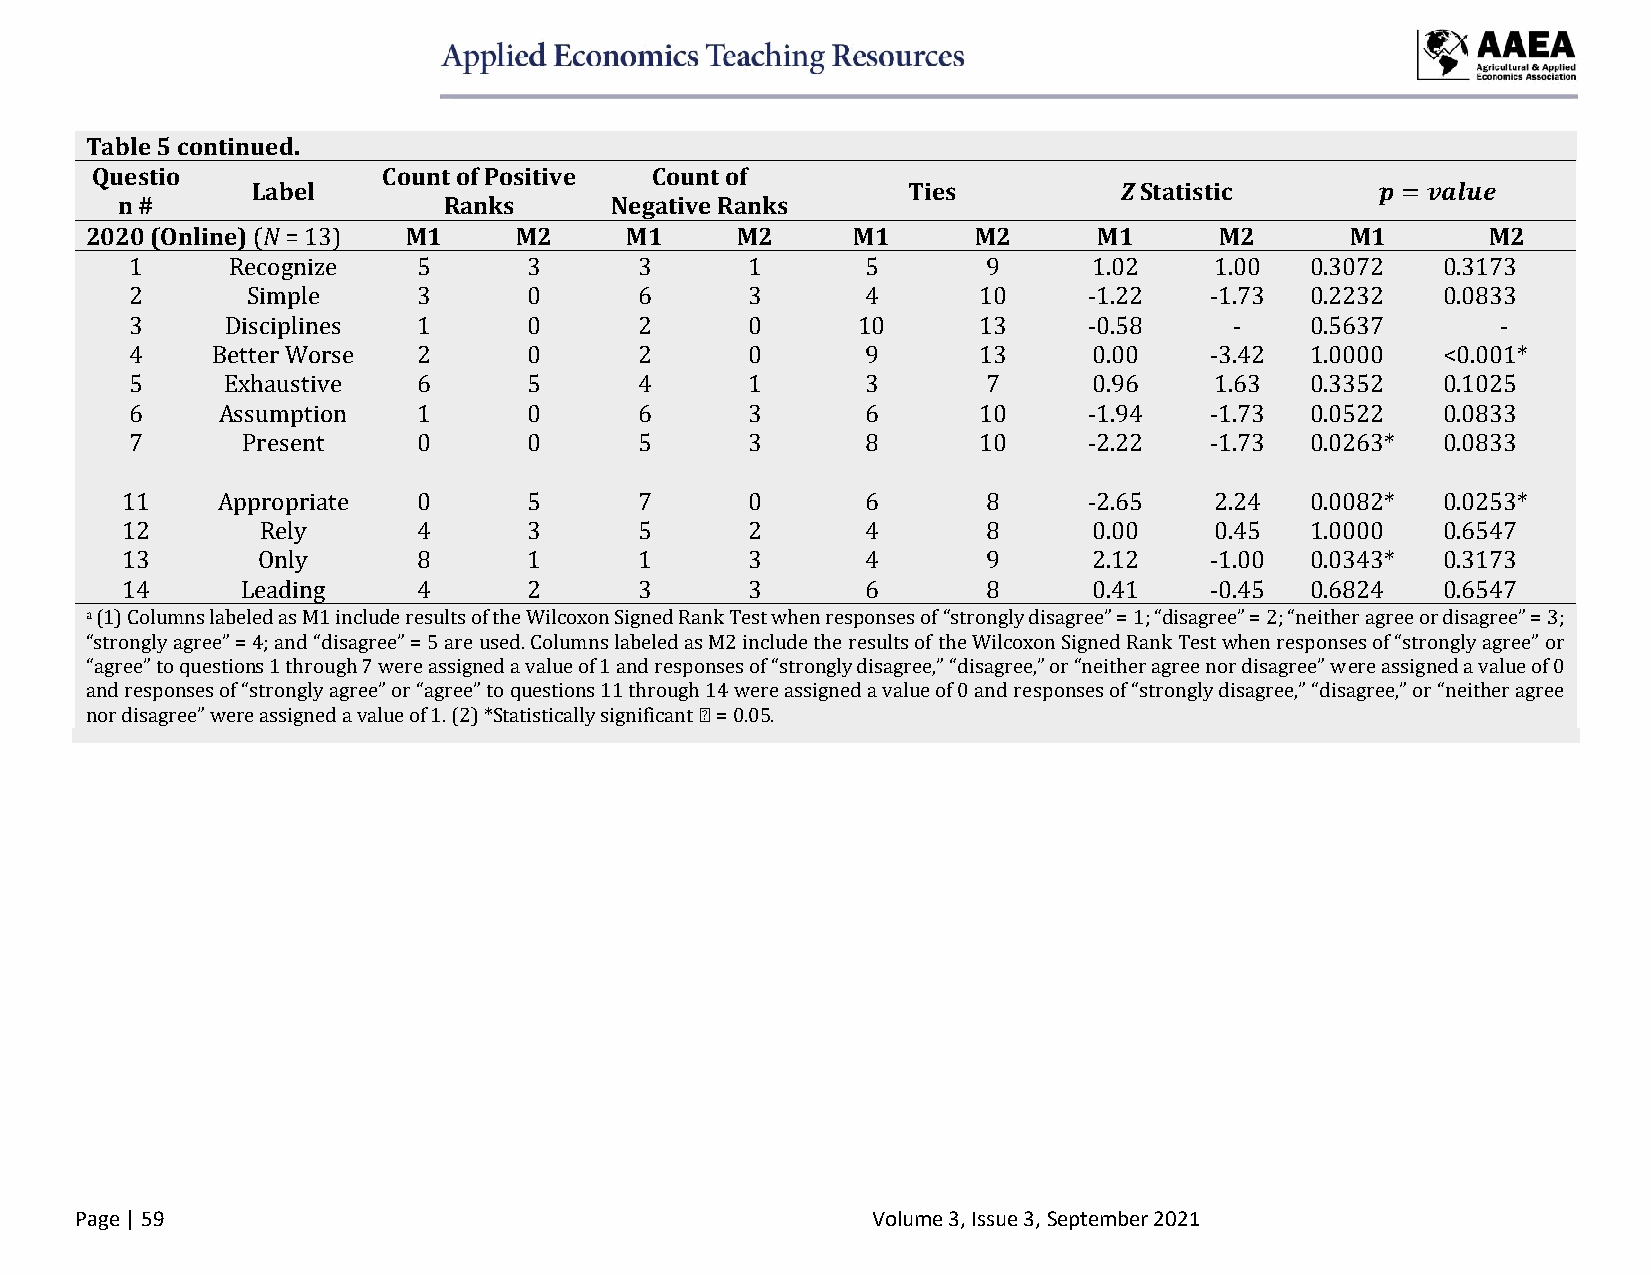
Table 5 continued.
 Questio            Count of Positive Count of
 Label                                      Ties          Z Statistic      𝒑 = 𝒗𝒂𝒍𝒖𝒆
 n #                  Ranks      Negative Ranks
 2020 (Online) (N = 13) M1   M2     M1      M2     M1       M2      M1      M2      M1       M2
 1     Recognize    5      3      3       1      5       9      1.02    1.00   0.3072  0.3173
 2      Simple      3      0      6       3      4       10     -1.22   -1.73  0.2232  0.0833
 3     Disciplines  1      0      2       0      10      13     -0.58     -    0.5637      -
 4    Better Worse  2      0      2       0      9       13     0.00    -3.42  1.0000  <0.001*
 5     Exhaustive   6      5      4       1      3       7      0.96    1.63   0.3352  0.1025
 6    Assumption    1      0      6       3      6       10     -1.94   -1.73  0.0522  0.0833
 7      Present     0      0      5       3      8       10     -2.22   -1.73  0.0263* 0.0833
 11    Appropriate   0      5      7       0      6       8      -2.65   2.24   0.0082* 0.0253*
 12       Rely       4      3      5       2      4       8      0.00    0.45   1.0000  0.6547
 13       Only       8      1      1       3      4       9      2.12    -1.00  0.0343* 0.3173
 14      Leading     4      2      3       3      6       8      0.41    -0.45  0.6824  0.6547
 a (1) Columns labeled as M1 include results of the Wilcoxon Signed Rank Test when responses of “strongly disagree” = 1; “disagree” = 2; “neither agree or disagree” = 3;
 “strongly agree” = 4; and “disagree” = 5 are used. Columns labeled as M2 include the results of the Wilcoxon Signed Rank Test when responses of “strongly agree” or
 “agree” to questions 1 through 7 were assigned a value of 1 and responses of “strongly disagree,” “disagree,” or “neither agree nor disagree” were assigned a value of 0
 and responses of “strongly agree” or “agree” to questions 11 through 14 were assigned a value of 0 and responses of “strongly disagree,” “disagree,” or “neither agree
 nor disagree” were assigned a value of 1. (2) *Statistically significant 𝛼 = 0.05.
 Page | 59                                            Volume 3, Issue 3, September 2021